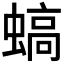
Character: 𧎸